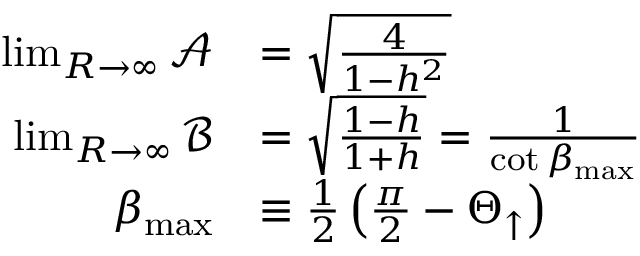
\begin{array} { r l } { \operatorname* { l i m } _ { R \rightarrow \infty } \mathcal { A } } & { = \sqrt { \frac { 4 } { 1 - h ^ { 2 } } } } \\ { \operatorname* { l i m } _ { R \rightarrow \infty } \mathcal { B } } & { = \sqrt { \frac { 1 - h } { 1 + h } } = \frac { 1 } { \cot { \beta _ { \mathrm { m a x } } } } } \\ { \beta _ { \mathrm { m a x } } } & { \equiv \frac { 1 } { 2 } \left( \frac { \pi } { 2 } - \Theta _ { \uparrow } \right) } \end{array}